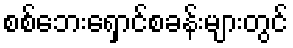
စစ်ဘေးရှောင်စခန်းများတွင်